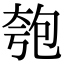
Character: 匏